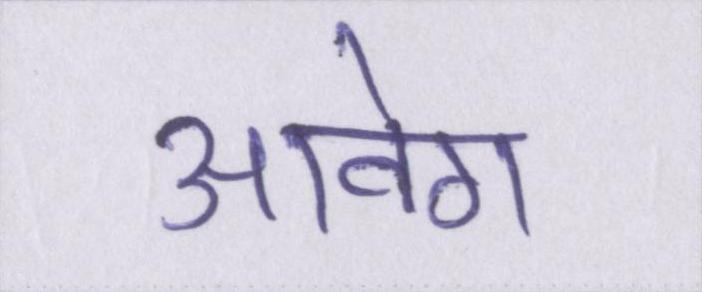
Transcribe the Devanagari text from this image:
आवेग